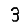
Digit: 3